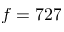
f = 7 2 7